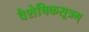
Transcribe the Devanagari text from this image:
वैशेषिकसूत्रम्